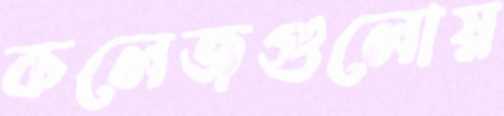
কলেজগুলোয়